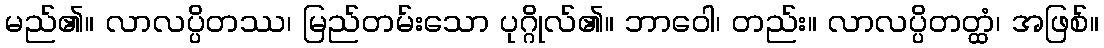
မည်၏။ လာလပ္ပိတဿ၊ မြည်တမ်းသော ပုဂ္ဂိုလ်၏။ ဘာဝေါ၊ တည်း။ လာလပ္ပိတတ္ထံ၊ အဖြစ်။